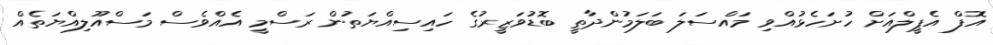
އޮފް އެޕީލްއަށް ހުށަހެޅުއްވި މައްސަލަ ބަލަމުންދާތީ ބޮޑުވަޒީރުގެ ހައިސިއްޔަތުން ރަސްމީ އެއްވެސް މަސްއޫލިއްޔަތެއް